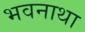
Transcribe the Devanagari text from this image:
भवनाथा